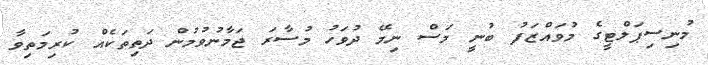
މުނިސިޕަލްޓީގެ މުވައްޒަފު ބުނީ މަސް ނިމޭ ދުވަހު މުސާރަ ޖަމާނުވުމުން ދަތިތަކެއް ކުރިމަތިވާ